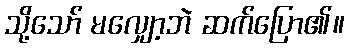
သို့သော် မလျှော့ဘဲ ဆက်ပြော၏။